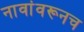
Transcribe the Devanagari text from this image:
नावांवरूनच